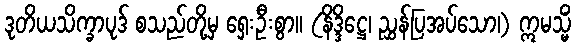
ဒုတိယသိက္ခာပုဒ် စသည်တို့မှ ရှေးဦးစွာ။ (နိဒ္ဒိဋ္ဌေ၊ ညွှန်ပြအပ်သော၊) ဣမသ္မိံ